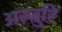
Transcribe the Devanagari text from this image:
अज़्ज़ुरि